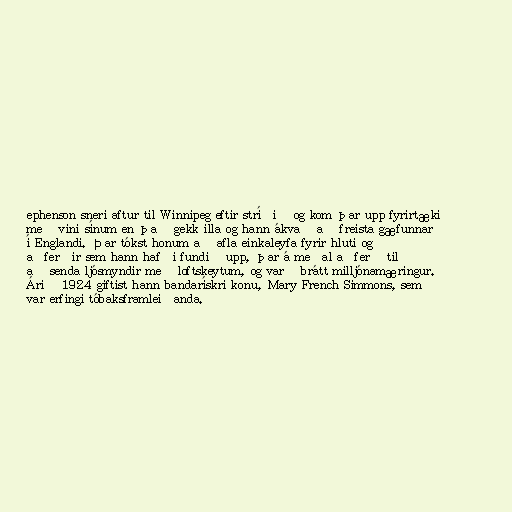
ephenson sneri aftur til Winnipeg eftir stríðið og kom þar upp fyrirtæki
með vini sínum en það gekk illa og hann ákvað að freista gæfunnar
í Englandi. Þar tókst honum að afla einkaleyfa fyrir hluti og
aðferðir sem hann hafði fundið upp, þar á meðal aðferð til
að senda ljósmyndir með loftskeytum, og varð brátt milljónamæringur.
Árið 1924 giftist hann bandarískri konu, Mary French Simmons, sem
var erfingi tóbaksframleiðanda.